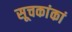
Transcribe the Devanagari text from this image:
सूचकांकां